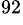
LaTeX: ^{92}